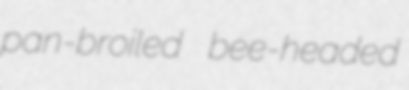
pan-broiled bee-headed